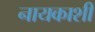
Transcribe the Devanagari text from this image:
नायकाशी